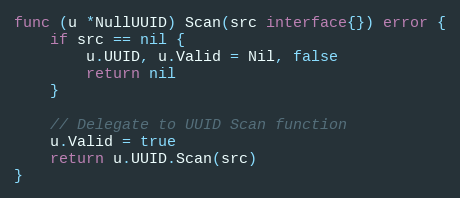
Language: Go
func (u *NullUUID) Scan(src interface{}) error {
	if src == nil {
		u.UUID, u.Valid = Nil, false
		return nil
	}

	// Delegate to UUID Scan function
	u.Valid = true
	return u.UUID.Scan(src)
}